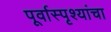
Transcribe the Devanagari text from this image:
पूर्वास्पृश्यांचा